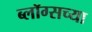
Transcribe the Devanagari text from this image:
ब्लॉग्सच्या